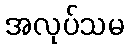
အလုပ်သမ